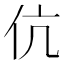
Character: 伉